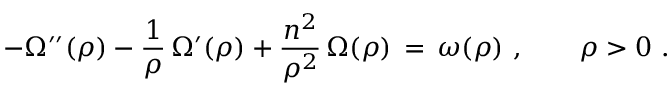
- \Omega ^ { \prime \prime } ( \rho ) - \frac { 1 } { \rho } \, \Omega ^ { \prime } ( \rho ) + \frac { n ^ { 2 } } { \rho ^ { 2 } } \, \Omega ( \rho ) \, = \, \omega ( \rho ) ~ , \qquad \rho > 0 ~ .